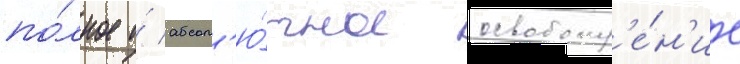
по́лное и́ абсол'ю́тное освобожд'е́н'ие